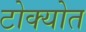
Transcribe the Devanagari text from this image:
टोक्योत